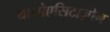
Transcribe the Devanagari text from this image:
थायोएसिटाज़ोन